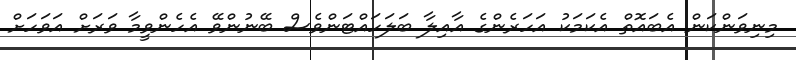
މިނިވަންކަން އެބައޮތް އެކަމަކު އަހަރެންގެ އާއިލާ ބަލަހައްޓަންވެސް ބޭނުންވޭ އެހެންވީމާ ވަރަށް އަވަހަށް